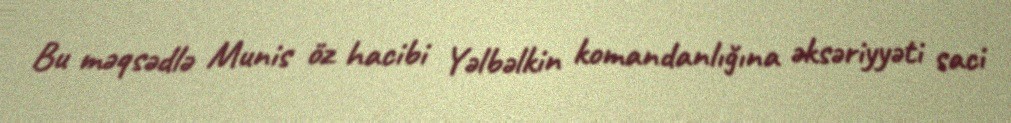
Bu məqsədlə Munis öz hacibi Yəlbəlkin komandanlığına əksəriyyəti saci